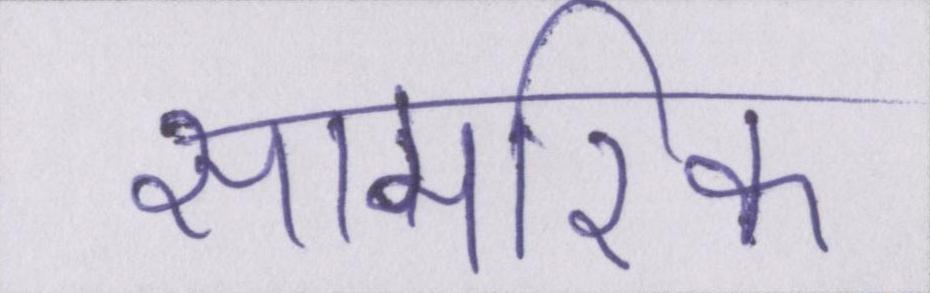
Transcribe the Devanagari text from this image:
सामरिक